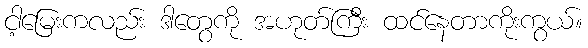
ငါ့မြေးကလည်း ဒါတွေကို အဟုတ်ကြီး ထင်နေတာကိုးကွယ်။